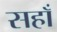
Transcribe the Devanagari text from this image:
सहाँ